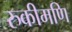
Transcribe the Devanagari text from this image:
रुकीमणि